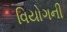
વિયોગની